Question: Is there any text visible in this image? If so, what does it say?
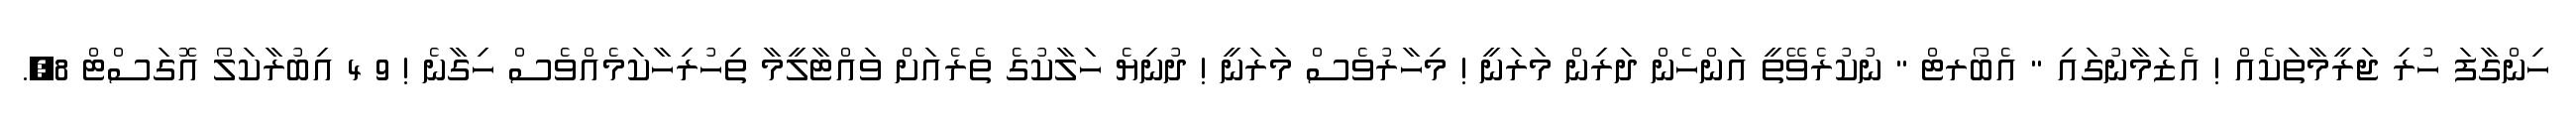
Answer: ހިންގާފަ ހުރި ޖަރީމާތަކެއް ! އެޒަމާނުގައި " އެބޯރޓް " ނުކުރެވޭތީ އަންހެން ދަރިން މަރަނީ ! މިހާރުވެސް މަރަނީ ! ދުނިޔެ ހަލާކުގެ ތެރެއަށް ވައްޓާލީމާ ތިހުރިހާކަމެއްވެސް ހިގާނެ ! 9 4 އިބުރާކަލޯ އޮގަސްޓް 8,.